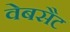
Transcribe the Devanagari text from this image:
वेबसैट